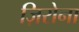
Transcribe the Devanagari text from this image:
ज़िरोना